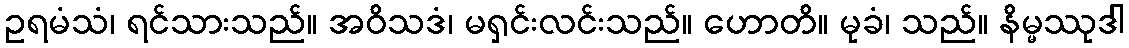
ဥရမံသံ၊ ရင်သားသည်။ အဝိသဒံ၊ မရှင်းလင်းသည်။ ဟောတိ။ မုခံ၊ သည်။ နိမ္မဿုဒါ